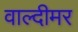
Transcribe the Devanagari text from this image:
वाल्दीमर